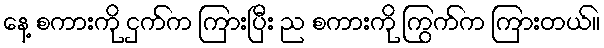
နေ့ စကားကို ငှက်က ကြားပြီး ည စကားကို ကြွက်က ကြားတယ်။